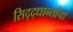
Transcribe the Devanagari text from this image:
सिद्द्धान्तांचा